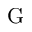
\mathrm { G }